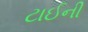
ટાઈની